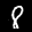
Label: 8